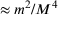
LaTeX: \approx m ^ { 2 } / M ^ { 4 }